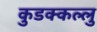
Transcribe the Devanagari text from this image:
कुडक्कल्लु